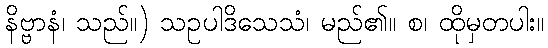
နိဗ္ဗာနံ၊ သည်။) သဥပါဒိသေသံ၊ မည်၏။ စ၊ ထိုမှတပါး။